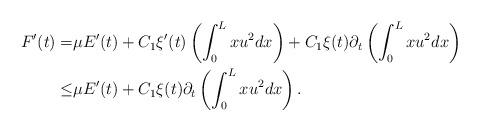
LaTeX: \begin{align*}F'(t)=& \mu E'(t)+C_1\xi'(t)\left(\int_0^L xu^2dx\right)+C_1\xi(t)\partial_t\left(\int_0^L xu^2dx\right)\\\leq& \mu E'(t)+C_1\xi(t)\partial_t\left(\int_0^L xu^2dx\right).\end{align*}